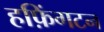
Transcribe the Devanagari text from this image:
हफ़िंगटन